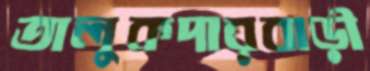
তালুকদারবাড়ী